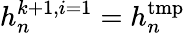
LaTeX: h_{n}^{k+1,i=1}=h_{n}^{\mathrm{tmp}}